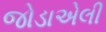
જોડાએલી